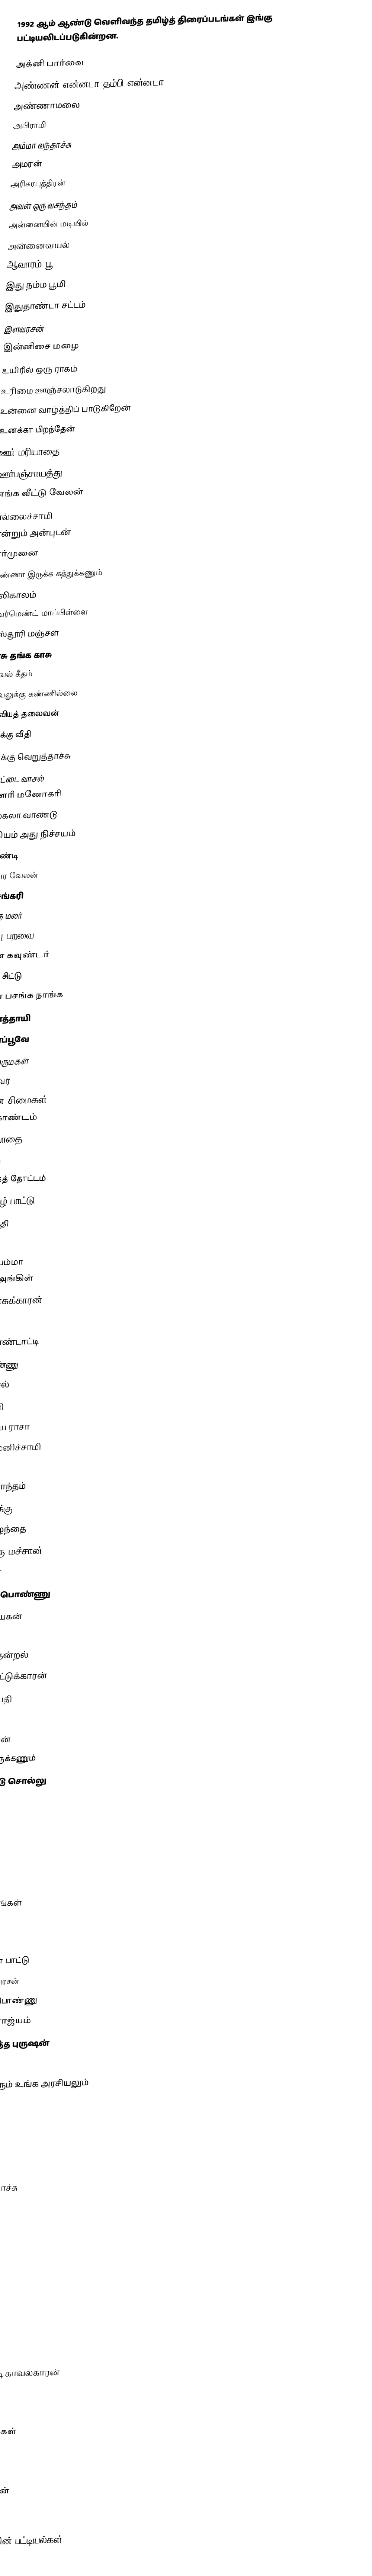
1992 ஆம் ஆண்டு வெளிவந்த தமிழ்த் திரைப்படங்கள் இங்கு பட்டியலிடப்படுகின்றன.

அக்னி பார்வை
அண்ணன் என்னடா தம்பி என்னடா
அண்ணாமலை
அபிராமி
அம்மா வந்தாச்சு
அமரன்
அரிகரபுத்திரன்
அவள் ஒரு வசந்தம்
அன்னையின் மடியில்
அன்னைவயல்
ஆவாரம் பூ
இது நம்ம பூமி
இதுதாண்டா சட்டம்
இளவரசன்
இன்னிசை மழை
உயிரில் ஒரு ராகம்
உரிமை ஊஞ்சலாடுகிறது
உன்னை வாழ்த்திப் பாடுகிறேன்
உனக்கா பிறந்தேன்
ஊர் மரியாதை
ஊர்பஞ்சாயத்து
எங்க வீட்டு வேலன்
எல்லைச்சாமி
என்றும் அன்புடன்
ஏர்முனை
ஒண்ணா இருக்க கத்துக்கணும்
கலிகாலம்
கவர்மெண்ட் மாப்பிள்ளை
கஸ்தூரி மஞ்சள்
காசு தங்க காசு
காவல் கீதம்
காவலுக்கு கண்ணில்லை
காவியத் தலைவன்
கிழக்கு வீதி
கிழக்கு வெறுத்தாச்சு
கோட்டை வாசல்
கௌரி மனோகரி
சகலகலா வாண்டு
சத்தியம் அது நிச்சயம்
சாமுண்டி
சிங்கார வேலன்
சிவசங்கரி
சிவந்த மலர்
சிவப்பு பறவை
சின்ன கவுண்டர்
சின்ன சிட்டு
சின்ன பசங்க நாங்க
சின்னத்தாயி
சின்னப்பூவே
சின்னமருமகள்
சின்னவர்
சுகமான சிமைகள்
சுந்தரகாண்டம்
சுயமரியாதை
சூரியன்
செண்பகத் தோட்டம்
செந்தமிழ் பாட்டு
செம்பருத்தி
சேவகம்
சோலையம்மா
டேவிட் அங்கிள்
தங்க மனசுக்காரன்
தங்கராசு
தம்பி பொண்டாட்டி
தமிழ் பொண்ணு
தலைவாசல்
தாய்மொழி
தாலி கட்டிய ராசா
திருமதி பழனிச்சாமி
திலகம்
தூரத்து சொந்தம்
தெய்வ வாக்கு
தெய்வக்குழந்தை
தெற்கு தெரு மச்சான்
தேவர் மகன்
தேவர் வீட்டு பொண்ணு
நட்சத்திர நாயகன்
நாங்கள்
நாடோடித் தென்றல்
நாடோடிப் பாட்டுக்காரன்
நாளைய செய்தி
நாளைய தீர்ப்பு
நானே வருவேன்
நீங்க நல்லா இருக்கணும்
நெஞ்ச தொட்டு சொல்லு
பங்காளி
பட்டத்து ராணி
பரதன்
பாண்டித்துரை
பாண்டியன்
பாலைவன ராகங்கள்
பிரம்மச்சாரி
புது வருஷம்
புதுசா படிக்கிறேன் பாட்டு
புருஷன் எனக்கு அரசன்
பெரிய கவுண்டர் பொண்ணு
பொண்டாட்டி ராஜ்யம்
பொண்ணுக்கேத்த புருஷன்
போக்கிரி தம்பி
போங்கடா நீங்களும் உங்க அரசியலும்
மகுடம்
மங்கள நாயகன்
மன்னன்
மாதா கோமாதா
மாப்பிள்ளை வந்தாச்சு
மிஸ்டர் பிரசாத்
மீரா
முதல் குரல்
முதல் சீதனம்
மூன்றாம் படி
மௌன மொழி
ராசுக்குட்டி
ரிக்ஷா மாமா
ரெண்டு பொண்டாட்டி காவல்காரன்
ரோஜா
வசந்த மலர்கள்
வண்ண வண்ண பூக்கள்
வா வா வசந்தமே
வானமே எல்லை
வில்லுப்பாட்டுக்காரன்
ஜோடி சேர்ந்தாச்சு

தமிழ்த் திரைப்படங்களின் பட்டியல்கள்